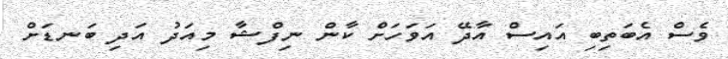
ވެސް އެބަތިބި އައިސް އާދޭ އަވަހަށް ކާން ނިފްޝާ މިއަދު އަދި ބަނޑަށް